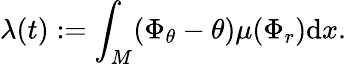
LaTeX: \lambda(t):=\int_{M}(\Phi_{\theta}-\theta)\mu(\Phi_{r})\mathrm{d}x.